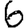
Digit: 6